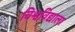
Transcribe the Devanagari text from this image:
विश्वविद्याला